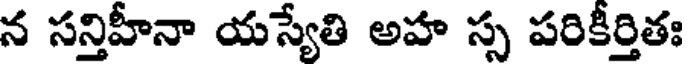
న సన్తిహీనా యస్యేతి అహ స్స పరికీర్తితః